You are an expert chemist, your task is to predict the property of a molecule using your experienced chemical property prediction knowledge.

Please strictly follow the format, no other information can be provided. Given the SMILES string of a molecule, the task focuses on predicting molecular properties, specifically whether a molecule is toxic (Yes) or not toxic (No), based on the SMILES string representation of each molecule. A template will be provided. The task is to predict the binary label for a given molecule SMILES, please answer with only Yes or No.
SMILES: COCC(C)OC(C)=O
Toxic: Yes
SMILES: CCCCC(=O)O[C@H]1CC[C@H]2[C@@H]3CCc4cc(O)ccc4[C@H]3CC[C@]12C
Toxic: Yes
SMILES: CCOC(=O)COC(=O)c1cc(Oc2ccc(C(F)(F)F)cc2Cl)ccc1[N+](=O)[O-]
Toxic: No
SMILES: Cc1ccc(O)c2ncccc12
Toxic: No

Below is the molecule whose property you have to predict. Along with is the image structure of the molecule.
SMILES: CCCCOCCOCCOC(=O)CCCCC(=O)OCCOCCOCCCC
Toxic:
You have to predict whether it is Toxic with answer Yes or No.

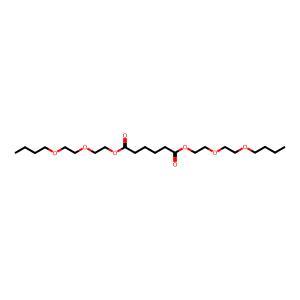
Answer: No